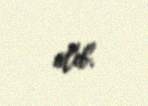
alıb.